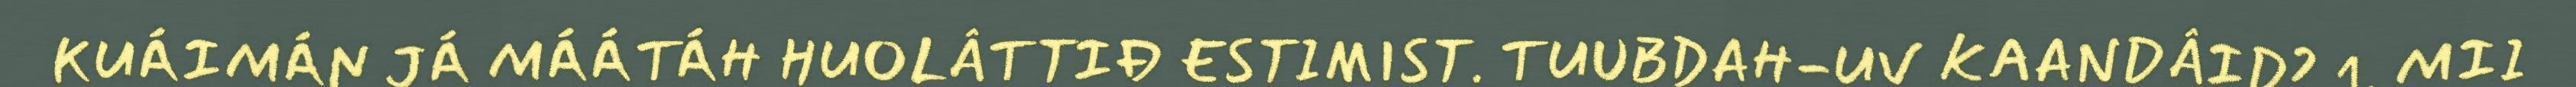
KUÁIMÁN JÁ MÁÁTÁH HUOLÂTTIĐ ESTIMIST. TUUBDAH-UV KAANDÂID? 1. MII